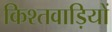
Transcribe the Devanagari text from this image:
किश्तवाड़ियों